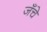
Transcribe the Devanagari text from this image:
जँचे